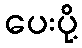
ပေးပို့